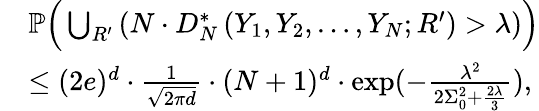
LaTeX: \begin{array}{rl}&{\mathbb{P}\Big(\bigcup_{R^{\prime}}\left(N\cdot D_{N}^{*}\left(Y_{1},Y_{2},\ldots,Y_{N};R^{\prime}\right)>\lambda\right)\Big)}\\ &{\leq(2e)^{d}\cdot\frac{1}{\sqrt{2\pi d}}\cdot(N+1)^{d}\cdot\exp(-\frac{\lambda^{2}}{2\Sigma_{0}^{2}+\frac{2\lambda}{3}}),}\end{array}